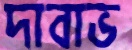
দাবাভ